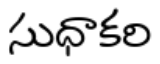
సుధాకరి